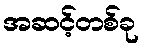
အဆင့်တစ်ခု